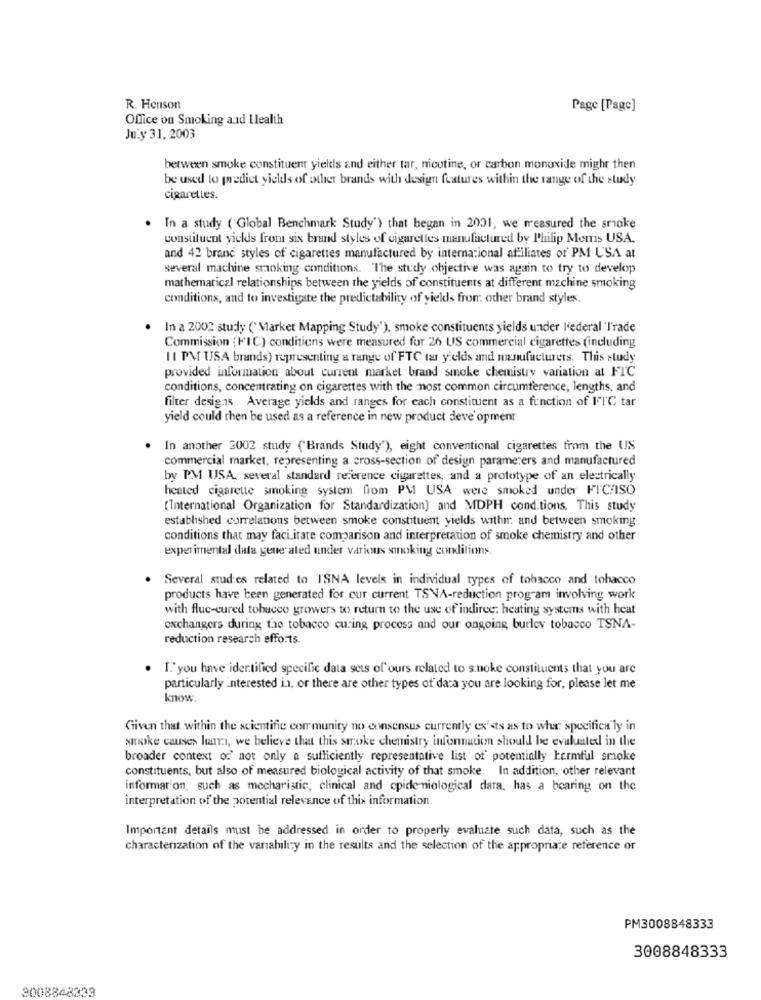
R. Henson
Page [Page]
Office on Smoking and Ilealth
July 31, 2003
between smoke constituent yields and either tar, nicotine, or carbon monoxide might then
be used to predict yields of other brands with design features within the range of the study
cigarettes.
In a study ( Global Benchmark Study') that began in 2001, we measured the smoke
constituent yields from six brand styles of cigarettes manufactured by Philip Morris USA.
and 42 brand styles of cigarettes manufactured by internacional affiliates of' PM USA at
several machine smoking conditions. "The study objective was again to try to develop
mathematical relationships between the yields of constituents at different machine smoking
conditions, and to investigate the predictability of yields from other brand styles.
In a 2002 study ( Market Mapping Study'), smoke constituents yields under l'ederal Trade
Commission (FIC) conditions were measured for 26 US commercial cigarettes (including
11 PM USA brands) representing a range of FTC tar yields and manufacturers. This study
provided information about current market brand smoke chemistry variation at FTC
conditions, concentrating on cigarettes with the most common circumference, lengths, and
filter desig.15 Average yields and ranges for each constituent as a function of IFIC tar
yield could then be used as a reference in new product deve opment
In another 2002 study ("Brands Study"), eight conventional cigarettes from the US
commercial market, representing a cross-section of design paramerers and manufactured
by PM USA, several standard reference cigarettes, and a prototype of an electrically
heated cigarette smoking system from PM USA were smoked under FIC/ISO
(International Organization for Standardization) and MDPH cond tions. This study
established correlations between smoke constituent yields withir and between smoking
conditions that may facilitate comparison and interpretation of smoke chemistry and other
experimental dula generated under various smoking conditions.
Several stud:es related to TSNA levels in individual types of tobacco and tobacco
products have been generated for our current TSNA-reduction program involving work
with fluc-cured tobacco growers to return to the use of indiree: heating systems with heat
exchangers during the tobacco curing process and our ongoing burley tobacco TSNA-
reduction research efforts.
I."you have identified specific data sets of ours related to smoke constituents that you are
particularly interested in, or there are other types of data you are looking for, please let me
know
Given that within the scientific community no consensus currently exists as to what specifica ly in
smoke causes lan, we believe that this stroke chemistry information should be evaluated in the
broader context of' not only a sufficiently representative list of potentially harmful smoke
constituents, but also of measured biological activity of that smoke. In addition, other relevant
informar on, such as mecharistic, clinical and cpide miological data, has a bearing on the
interpretation of the potential relevance of this information.
Important details must be addressed in order to properly evaluate such data, such as the
characterization of the variabili;y in the results and the selection of the appropriate reference or
PM3008848333
3008848333
3008848339